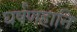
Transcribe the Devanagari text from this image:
घर्षणहानि